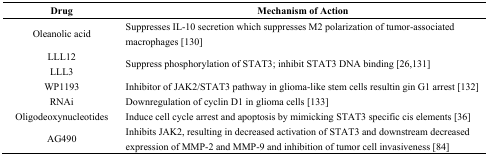
<table><thead><tr><td><b>Drug</b></td><td><b>Mechanism of Action</b></td></tr></thead><tbody><tr><td>Oleanolic acid</td><td>Suppresses IL-10 secretion which suppresses M2 polarization of tumor-associated macrophages [130]</td></tr><tr><td>LLL12</td><td rowspan="2">Suppress phosphorylation of STAT3; inhibit STAT3 DNA binding [26,131]</td></tr><tr><td>LLL3</td></tr><tr><td>WP1193</td><td>Inhibitor of JAK2/STAT3 pathway in glioma-like stem cells resultin gin G1 arrest [132]</td></tr><tr><td>RNAi</td><td>Downregulation of cyclin D1 in glioma cells [133]</td></tr><tr><td>Oligodeoxynucleotides</td><td>Induce cell cycle arrest and apoptosis by mimicking STAT3 specific cis elements [36]</td></tr><tr><td>AG490</td><td>Inhibits JAK2, resulting in decreased activation of STAT3 and downstream decreased expression of MMP-2 and MMP-9 and inhibition of tumor cell invasiveness [84]</td></tr></tbody></table>